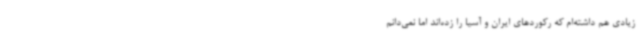
زیادی هم داشته‌ام که رکوردهای ایران و آسیا را زده‌اند اما نمی‌دانم